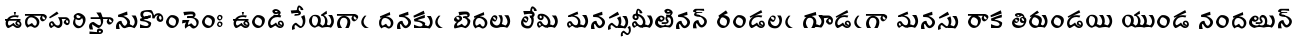
ఉదాహరిస్తానుకొంచెంః ఉండి సేయగాఁ దనకుఁ బెదలు లేమి మనస్సుమీఱినన్ రండలఁ గూడఁగా మనసు రాక తిరుండయి యుండ నందఱున్